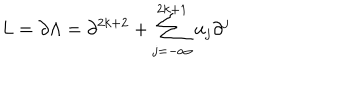
L = \partial \Lambda = \partial ^ { 2 k + 2 } + \sum _ { j = - \infty } ^ { 2 k + 1 } u _ { j } \partial ^ { j }